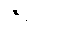
ဇရပ်